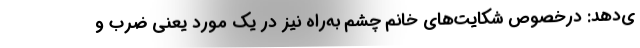
ی‌دهد: درخصوص شکایت‌های خانم چشم به‌راه نیز در یک مورد یعنی ضرب و